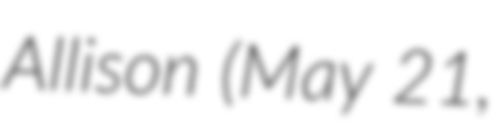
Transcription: Allison (May 21,